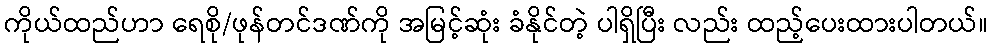
ကိုယ်ထည်ဟာ ရေစို/ဖုန်တင်ဒဏ်ကို အမြင့်ဆုံး ခံနိုင်တဲ့ ပါရှိပြီး လည်း ထည့်ပေးထားပါတယ်။